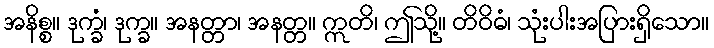
အနိစ္စ။ ဒုက္ခံ၊ ဒုက္ခ။ အနတ္တာ၊ အနတ္တ။ ဣတိ၊ ဤသို့။ တိဝိဓံ၊ သုံးပါးအပြားရှိသော။